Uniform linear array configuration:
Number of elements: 64
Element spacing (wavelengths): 1
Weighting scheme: cosine
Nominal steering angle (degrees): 30
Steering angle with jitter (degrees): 31.055
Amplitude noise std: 0.05
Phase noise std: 0.05

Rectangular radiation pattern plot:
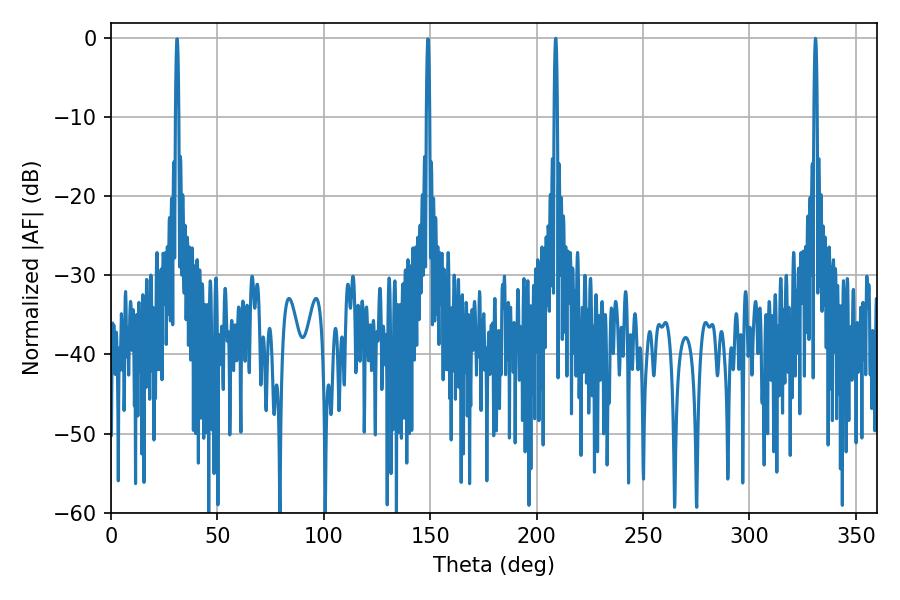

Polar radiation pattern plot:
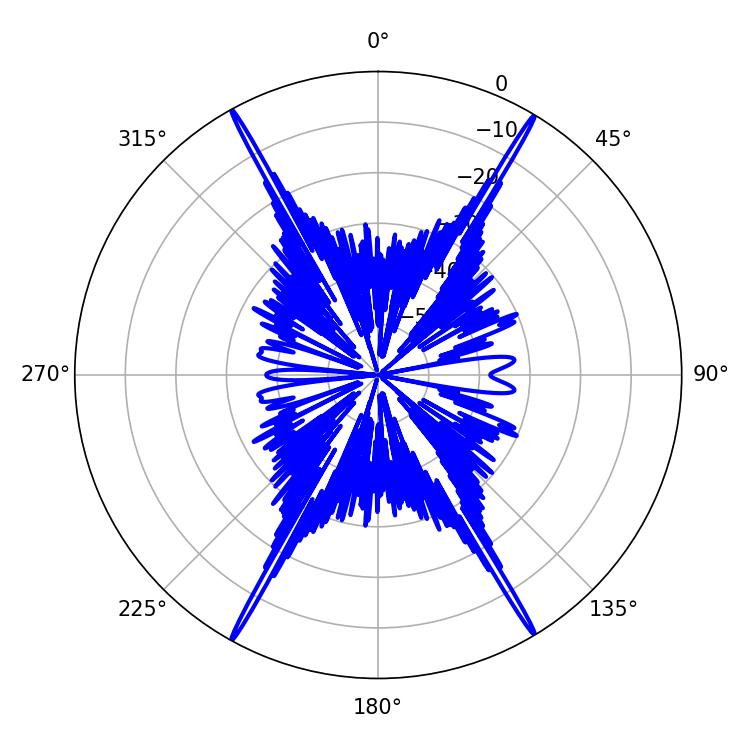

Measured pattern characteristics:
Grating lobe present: TRUE
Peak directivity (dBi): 30.821
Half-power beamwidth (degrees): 0.72
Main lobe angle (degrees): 331.02